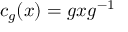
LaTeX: c _ { g } ( x ) = g x g ^ { - 1 }